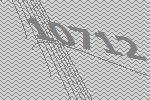
10712